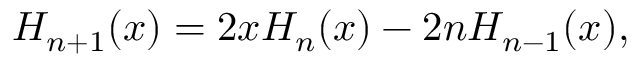
H _ { n + 1 } ( x ) = 2 x H _ { n } ( x ) - 2 n H _ { n - 1 } ( x ) ,